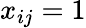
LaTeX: x_{ij}=1